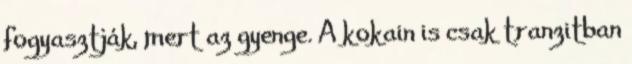
fogyasztják, mert az gyenge. A kokain is csak tranzitban